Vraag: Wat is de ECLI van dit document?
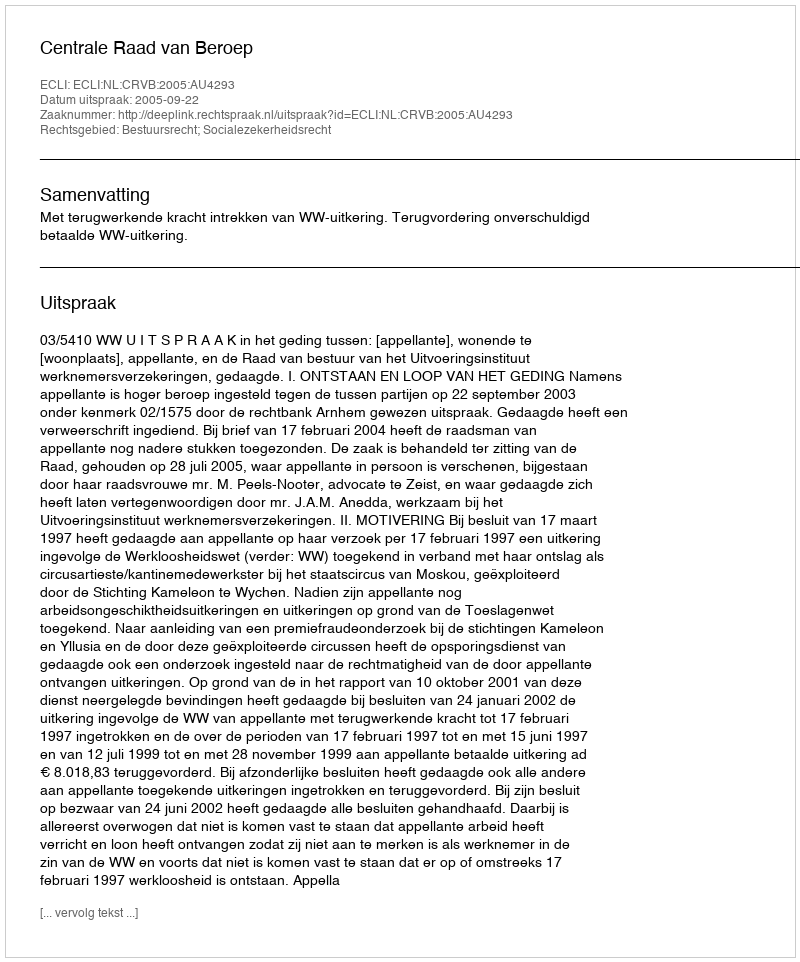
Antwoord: ECLI:NL:CRVB:2005:AU4293